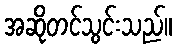
အဆိုတင်သွင်းသည်။